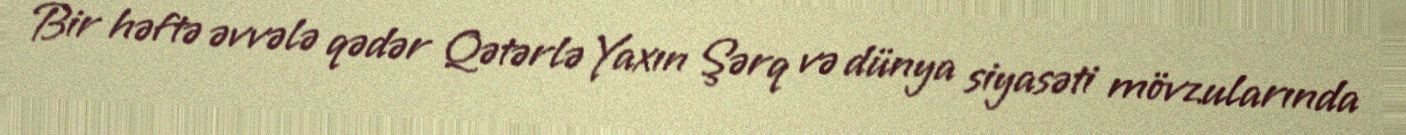
Bir həftə əvvələ qədər Qətərlə Yaxın Şərq və dünya siyasəti mövzularında